Lunatic asylums Central Provinces reports 1874-1885 - 1874-1885
Year: 1874
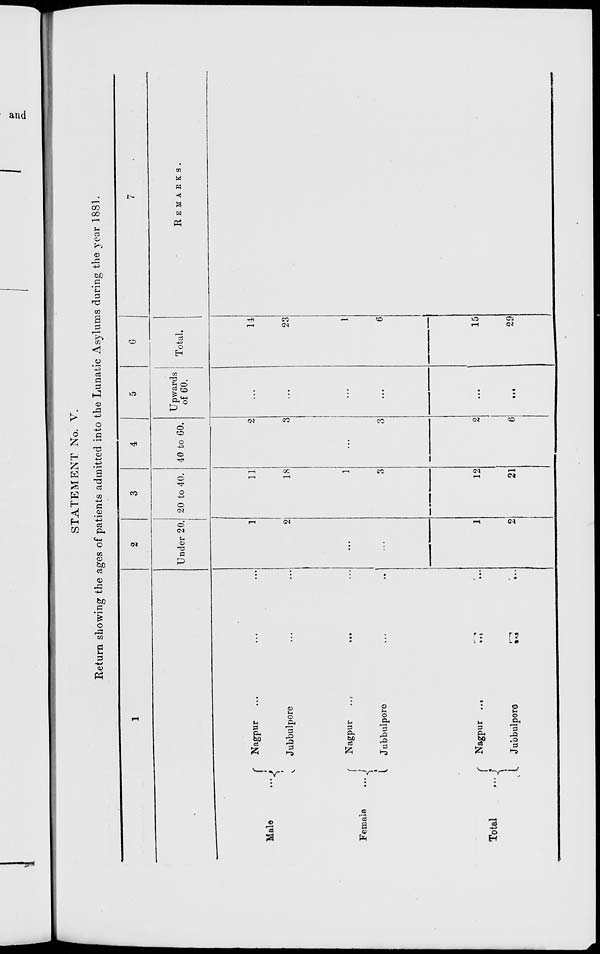
STATEMENT No. V.
Return showing the ages of patients admitted into the Lunatic Asylums during the year 1881.
1
Male
...
Female
...
Total
...
Nagpur ... ... ...
Jubbulpore ... ...
Nagpur
...
...
...
Jubbulpore
...
...
Nagpur ...
...
...
Jubbulpore
...
...
2
Under 20.
1
2
...
...
1
2
3
20 to 40.
11
18
1
3
12
21
4
40 to 60.
2
3
...
3
2
6
5
Upwards
of 60.
...
...
...
...
...
...
6
Total.
14
23
1
6
15
29
7
REMARKS.